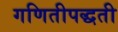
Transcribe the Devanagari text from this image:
गणितीपद्धती